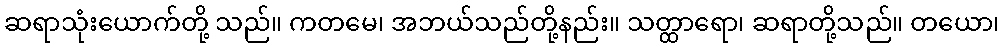
ဆရာသုံးယောက်တို့ သည်။ ကတမေ၊ အဘယ်သည်တို့နည်း။ သတ္ထာရော၊ ဆရာတို့သည်။ တယော၊